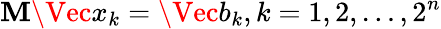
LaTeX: \mathbf{M}\Vec{x}_{k}=\Vec{b}_{k},k=1,2,\dots,2^{n}